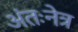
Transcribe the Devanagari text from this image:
अंतःनेत्र